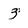
Character: 3